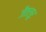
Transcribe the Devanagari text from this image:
जैतलूर